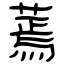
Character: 蔫